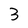
Character: 3